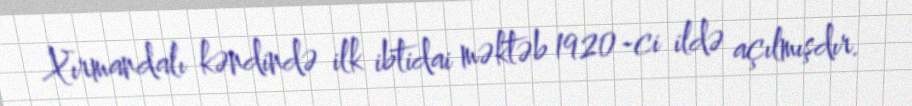
Xırmandalı kəndində ilk ibtidai məktəb 1920-ci ildə açılmışdır.